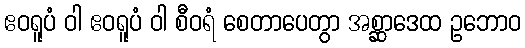
ဧဝရူပံ ဝါ ဧဝရူပံ ဝါ စီဝရံ စေတာပေတွာ အစ္ဆာဒေထ ဥဘောဝ